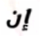
إن